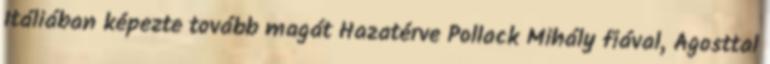
Itáliában képezte tovább magát Hazatérve Pollack Mihály fiával, Ágosttal